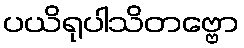
ပယိရုပါသိတဗ္ဗော